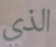
الذي